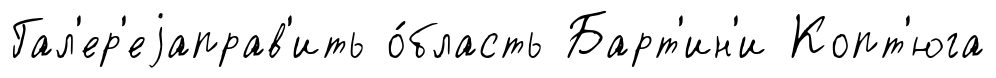
Гал'ер'еjаправ'ить о́бласть Барт'ин'и Копт'юга